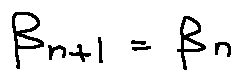
\beta _ { n + 1 } = \beta _ { n }